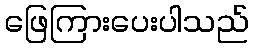
ဖြေကြားပေးပါသည်